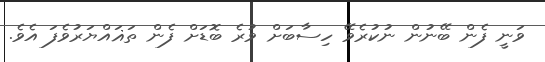
ވަނީ ފެން ބޭނުން ނުކުރެވޭ ހިސާބަށް ވުރެ ބޮޑަށް ފެން ތަޣައްޔަރުވެފަ އެވެ.